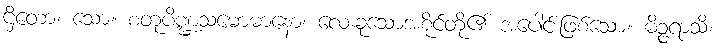
ဌိတော၊ သော။ စတုပိဏ္ဍသမောဓာနော၊ လေးခုသောအစိုင်တို့၏ အပေါင်းဖြစ်သော။ မိဉ္ဇရာသိ၊